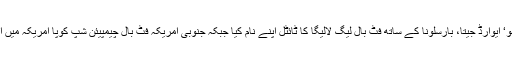
میسی نے 36 گول کے ساتھ یورپ کا ’گولڈن شو‘ ایوارڈ جیتا، بارسلونا کے ساتھ فٹ بال لیگ لالیگا کا ٹائٹل اپنے نام کیا جبکہ جنوبی امریکہ فٹ بال چیمپیئن شپ کوپا امریکہ میں ارجنٹائن کو کانسی کا تمغہ جتوانے میں مدد دی۔